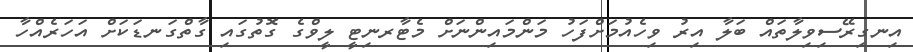
އިނގިރޭސިވިލާތައް ބަލާ އިރު ވިހެއުމަށްފަހު މަންމައިންނަށް މެޓާރނިޓީ ލީވްގެ ގޮތުގައި ގާތްގަނޑަކަށް އަހަރެއްހާ